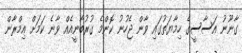
ގާނޫނު އަސާސީގެ ހިމާޔަތުގައި ވާން ޖެހުނު ކޮންމެ ގުރުބާނީއެއް ވާނެ ކަމަށް އިމްރާން